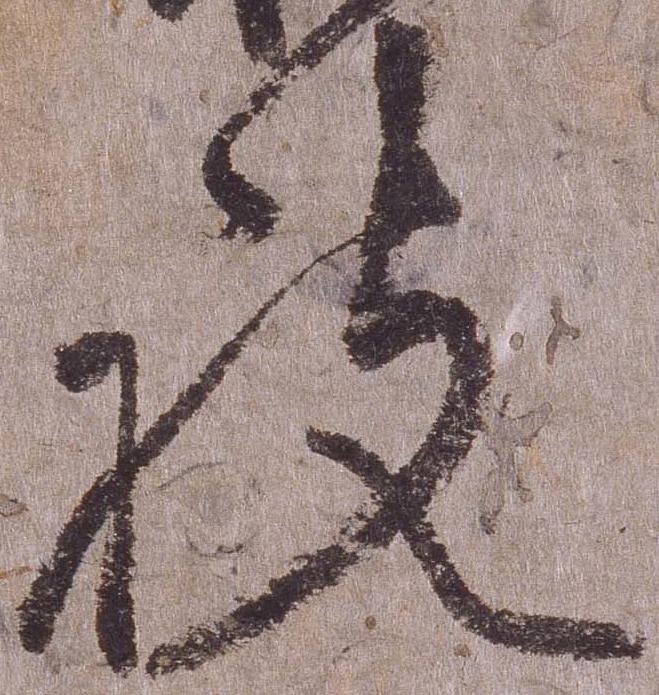
被